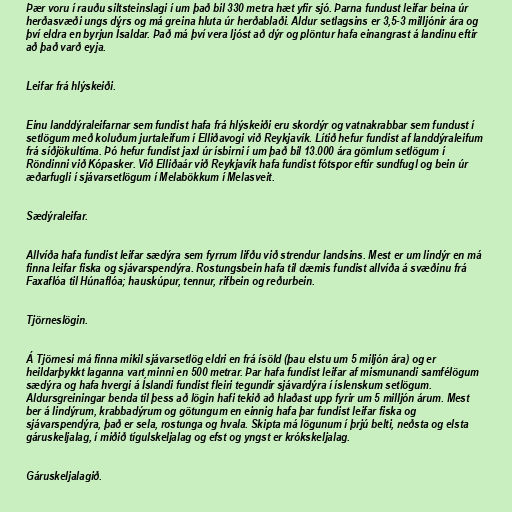
Þær voru í rauðu siltsteinslagi í um það bil 330 metra hæt yfir sjó. Þarna fundust leifar beina úr
herðasvæði ungs dýrs og má greina hluta úr herðablaði. Aldur setlagsins er 3,5-3 milljónir ára og
því eldra en byrjun Ísaldar. Það má því vera ljóst að dýr og plöntur hafa einangrast á landinu eftir
að það varð eyja.

Leifar frá hlýskeiði.

Einu landdýraleifarnar sem fundist hafa frá hlýskeiði eru skordýr og vatnakrabbar sem fundust í
setlögum með koluðum jurtaleifum í Elliðavogi við Reykjavík. Lítið hefur fundist af landdýraleifum
frá síðjökultíma. Þó hefur fundist jaxl úr ísbirni í um það bil 13.000 ára gömlum setlögum í
Röndinni við Kópasker. Við Elliðaár við Reykjavík hafa fundist fótspor eftir sundfugl og bein úr
æðarfugli í sjávarsetlögum í Melabökkum í Melasveit.

Sædýraleifar.

Allvíða hafa fundist leifar sædýra sem fyrrum lifðu við strendur landsins. Mest er um lindýr en má
finna leifar fiska og sjávarspendýra. Rostungsbein hafa til dæmis fundist allvíða á svæðinu frá
Faxaflóa til Húnaflóa; hauskúpur, tennur, rifbein og reðurbein.

Tjörneslögin.

Á Tjörnesi má finna mikil sjávarsetlög eldri en frá ísöld (þau elstu um 5 miljón ára) og er
heildarþykkt laganna vart minni en 500 metrar. Þar hafa fundist leifar af mismunandi samfélögum
sædýra og hafa hvergi á Íslandi fundist fleiri tegundir sjávardýra í íslenskum setlögum.
Aldursgreiningar benda til þess að lögin hafi tekið að hlaðast upp fyrir um 5 milljón árum. Mest
ber á lindýrum, krabbadýrum og götungum en einnig hafa þar fundist leifar fiska og
sjávarspendýra, það er sela, rostunga og hvala. Skipta má lögunum í þrjú belti, neðsta og elsta
gáruskeljalag, í miðið tígulskeljalag og efst og yngst er krókskeljalag.

Gáruskeljalagið.